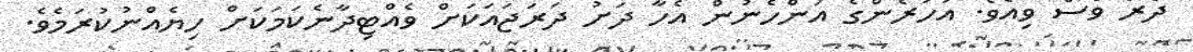
ދެރަ ވެސް ވިއެވެ. އަހަރެންގެ އަންހެނުން އެހާ ދަށު ދަރަޖައަކަށް ވެއްޓިދާނެކަމަކަށް ހިޔެއްނުކުރަމެވެ.